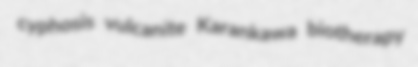
cyphosis vulcanite Karankawa biotherapy